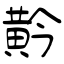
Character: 黅